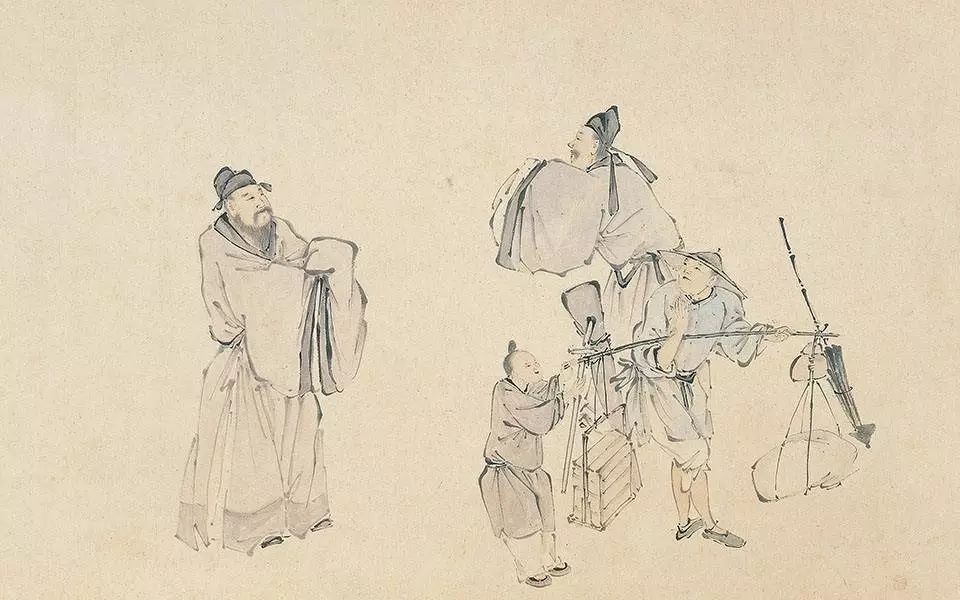
受任于败军之际，奉命于危难之间